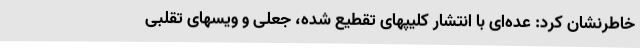
خاطرنشان کرد: عده‌ای با انتشار کلیپهای تقطیع شده، جعلی و ویسهای تقلبی